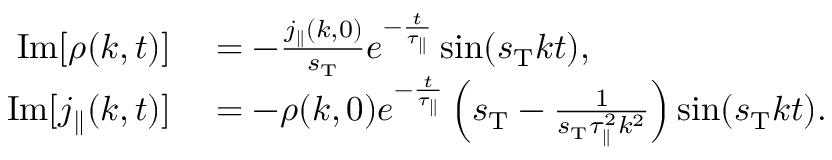
\begin{array} { r l } { \mathrm { I m } [ \rho ( k , t ) ] } & { { } = - \frac { j _ { \parallel } ( k , 0 ) } { s _ { \mathrm { T } } } e ^ { - \frac { t } { \tau _ { \parallel } } } \sin ( s _ { \mathrm { T } } k t ) , } \\ { \mathrm { I m } [ j _ { \parallel } ( k , t ) ] } & { { } = - \rho ( k , 0 ) e ^ { - \frac { t } { \tau _ { \parallel } } } \left( s _ { \mathrm { T } } - \frac { 1 } { s _ { \mathrm { T } } \tau _ { \parallel } ^ { 2 } k ^ { 2 } } \right) \sin ( s _ { \mathrm { T } } k t ) . } \end{array}